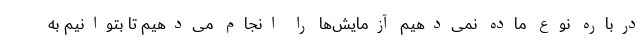
درباره نوع ماده نمی‌دهیم آزمایش‌ها را انجام می‌دهیم تا بتوانیم به